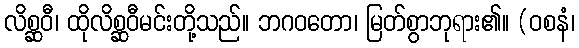
လိစ္ဆဝီ၊ ထိုလိစ္ဆဝီမင်းတို့သည်။ ဘဂဝတော၊ မြတ်စွာဘုရား၏။ (ဝစနံ၊